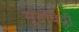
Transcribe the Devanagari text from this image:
मूडबिद्री